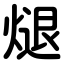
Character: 煺